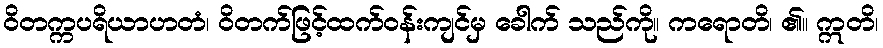
ဝိတက္ကပရိယာဟတံ၊ ဝိတက်ဖြင့်ထက်ဝန်းကျင်မှ ခေါက် သည်ကို။ ကရောတိ၊ ၏။ ဣတိ၊